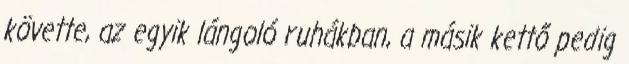
követte, az egyik lángoló ruhákban, a másik kettő pedig